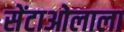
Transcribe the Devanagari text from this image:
सेंटाओलाला